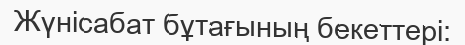
Жүнісабат бұтағының бекеттері: